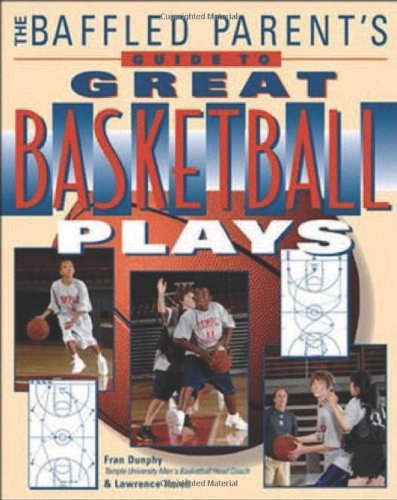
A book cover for The Baffled Parent's Guide to Great Basketball Plays; Fran Dunphy; Sports & Outdoors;